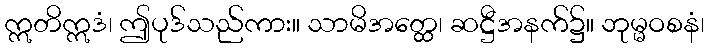
ဣတိဣဒံ၊ ဤပုဒ်သည်ကား။ သာမိအတ္ထေ၊ ဆဋ္ဌီအနက်၌။ ဘုမ္မဝစနံ၊